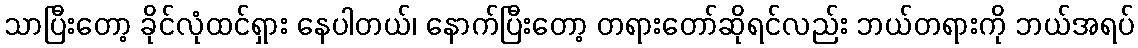
သာပြီးတော့ ခိုင်လုံထင်ရှား နေပါတယ်၊ နောက်ပြီးတော့ တရားတော်ဆိုရင်လည်း ဘယ်တရားကို ဘယ်အရပ်